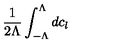
\frac { 1 } { 2 \Lambda } \int _ { - \Lambda } ^ { \Lambda } d c _ { l }